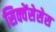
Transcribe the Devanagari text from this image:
सिक्वेंसेसेस